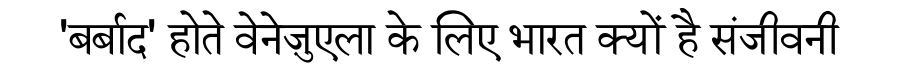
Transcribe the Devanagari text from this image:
'बर्बाद' होते वेनेज़ुएला के लिए भारत क्यों है संजीवनी